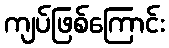
ကျပ်ဖြစ်ကြောင်း